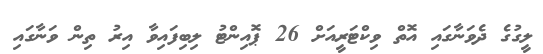
ލީގުގެ ދެވަނާގައި އޮތް ވިކްޓަރީއަށް 26 ޕޮއިންޓު ލިބިފައިވާ އިރު ތިން ވަނާގައި